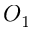
O _ { 1 }